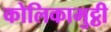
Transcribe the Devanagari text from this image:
कोलिकामुट्ठी